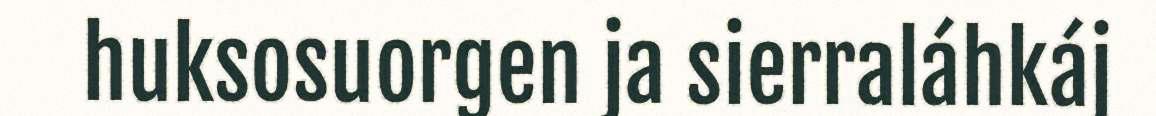
huksosuorgen ja sierraláhkáj